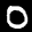
Label: 0